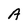
Character: A